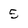
Character: 5